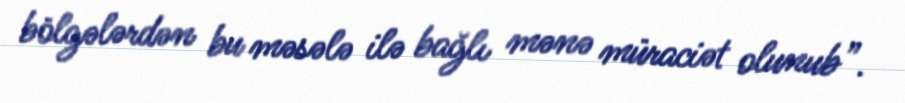
bölgələrdən bu məsələ ilə bağlı mənə müraciət olunub”.